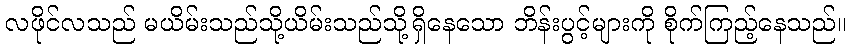
လဖိုင်လသည် မယိမ်းသည်သို့ယိမ်းသည်သို့ရှိနေသော ဘိန်းပွင့်များကို စိုက်ကြည့်နေသည်။